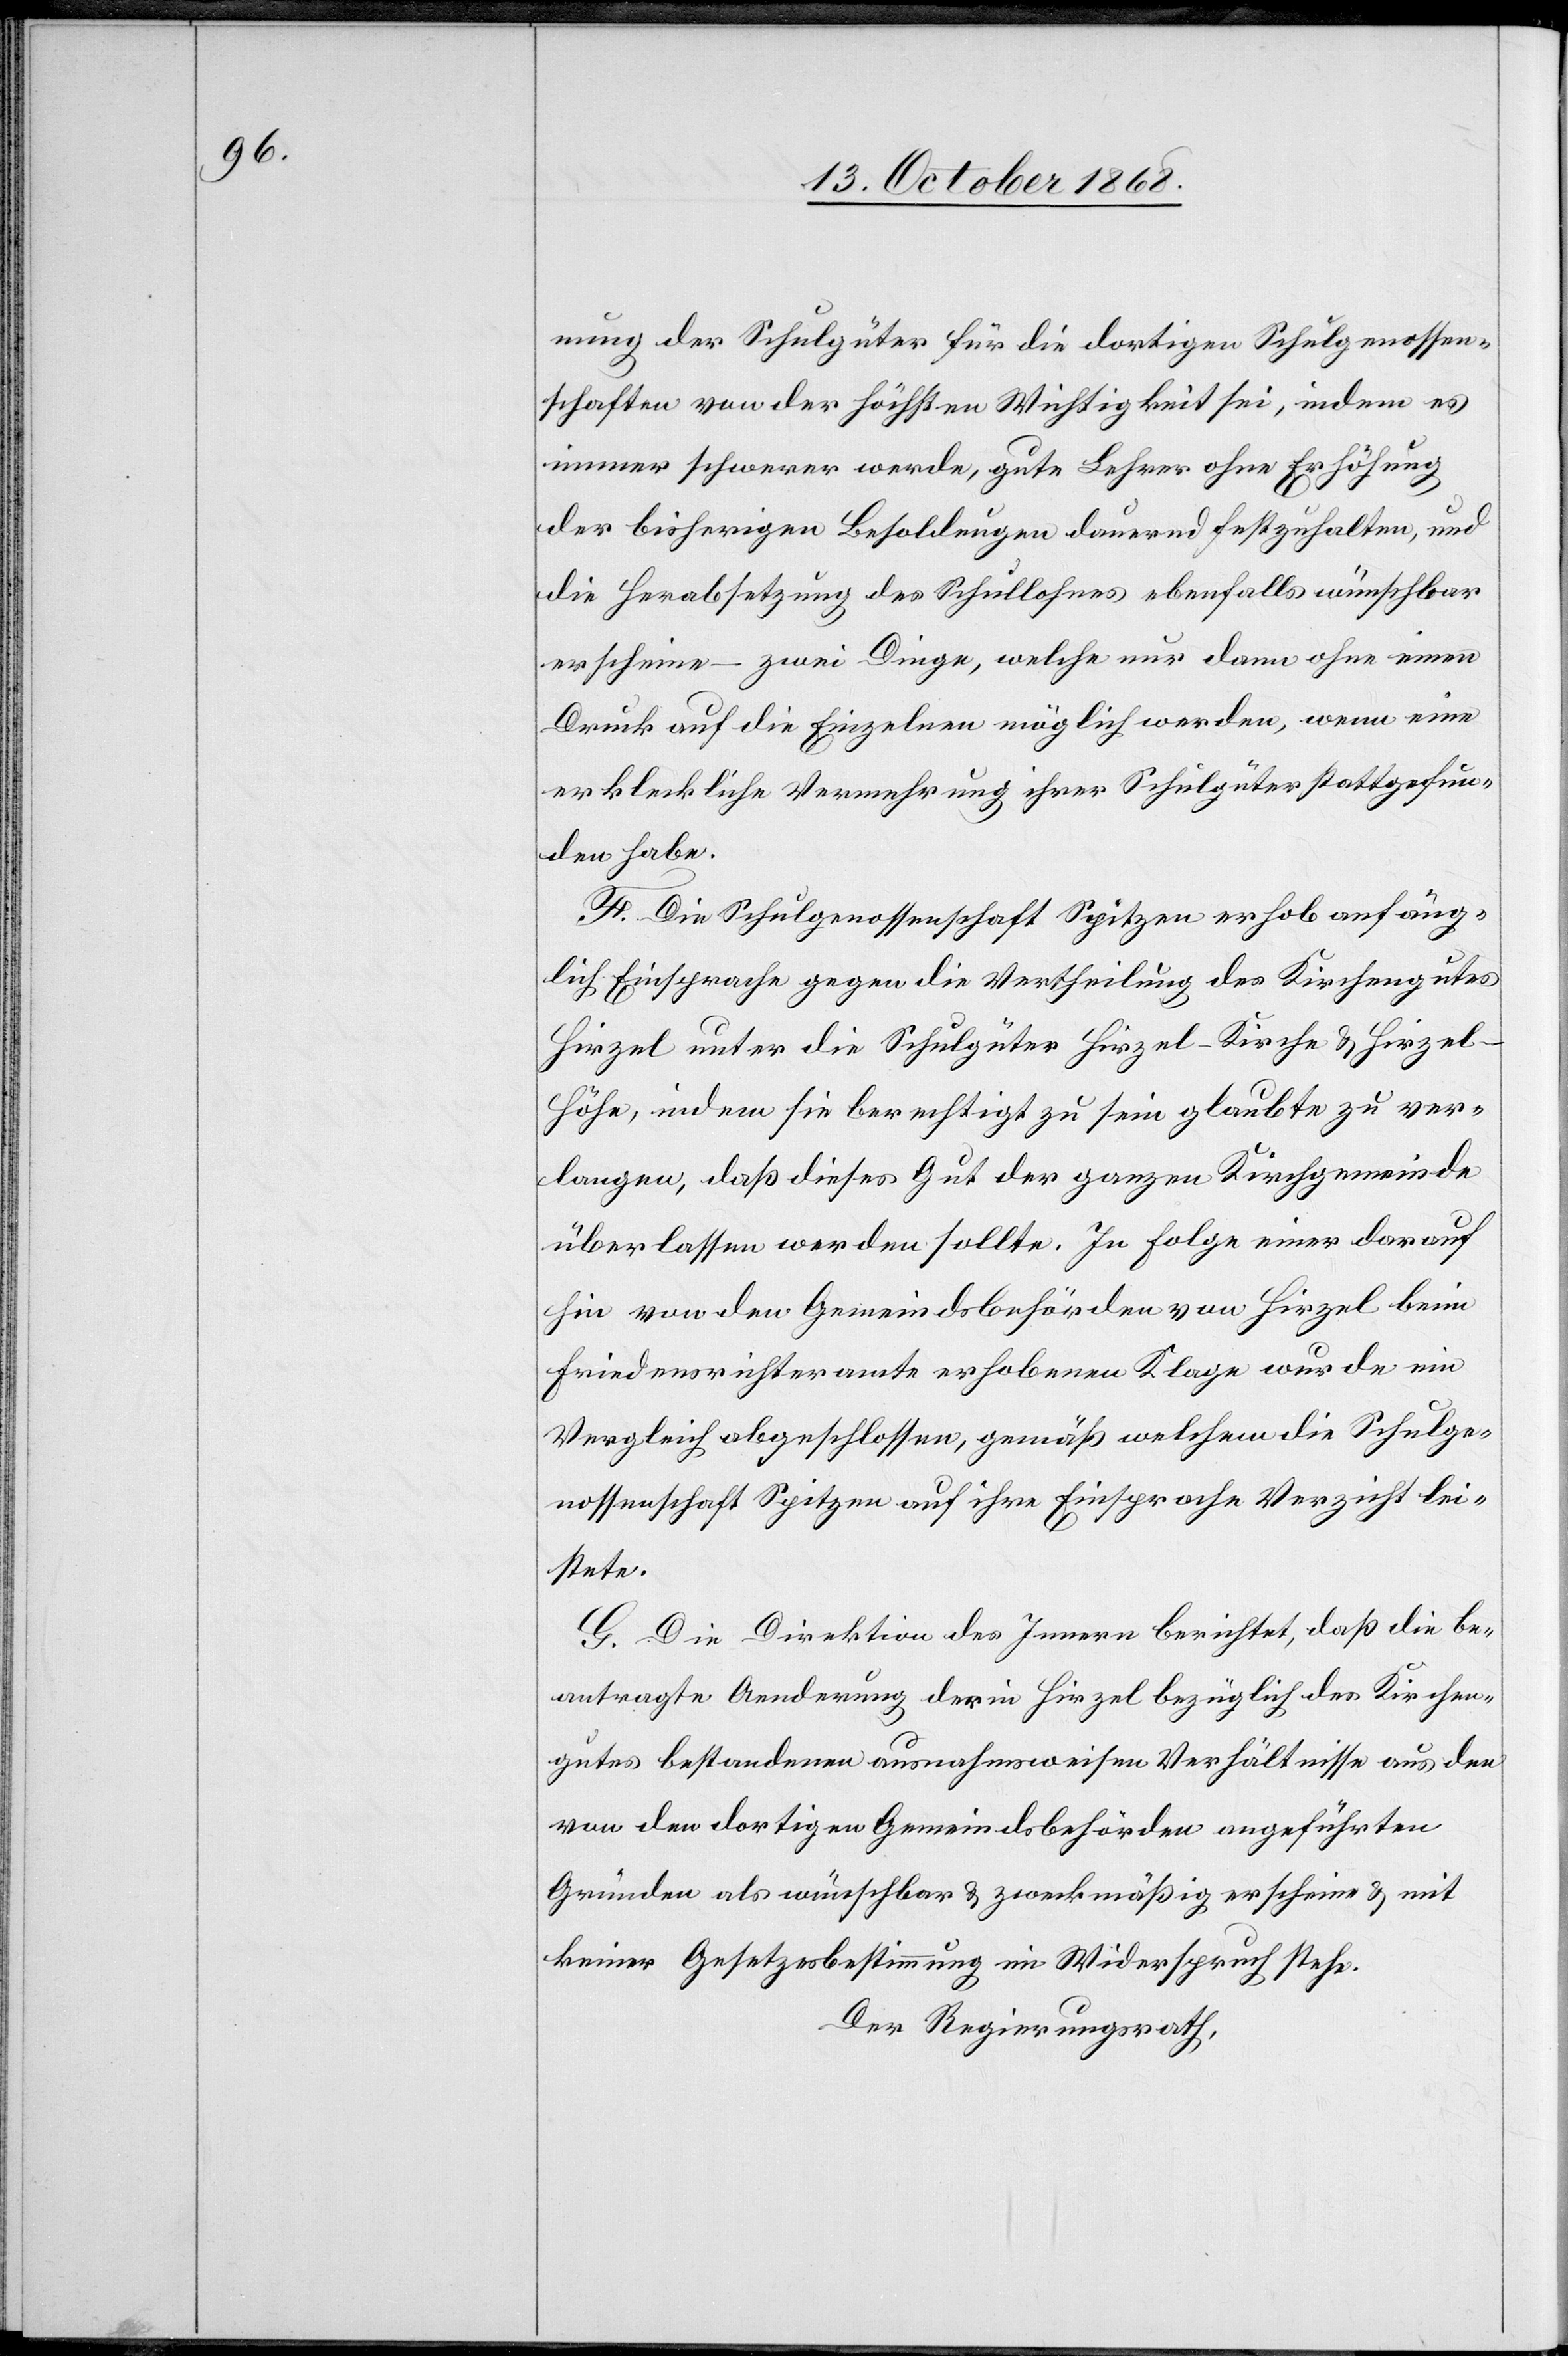
nung der Schulgüter für die dortigen Schulgenossen¬
schaften von der höchsten Wichtigkeit sei, indem es
immer schwerer werde, gute Lehrer ohne Erhöhung
der bisherigen Besoldungen dauernd festzuhalten, und
die Herabsetzung des Schullohnes ebenfalls wünschbar
erscheine – zwei Dinge, welche nur dann ohne einen
Druck auf die Einzelnen möglich werden, wenn eine
erkleckliche Vermehrung ihrer Schulgüter stattgefun¬
den habe.
F. Die Schulgenossenschaft Spitzen erhob anfäng¬
lich Einsprache gegen die Vertheilung des Kirchengutes
Hirzel unter die Schulgüter Hirzel-Kirche & Hirzel-H¬
öhe, indem sie berechtigt zu sein glaubte zu ver¬
langen, daß dieses Gut der ganzen Kirchgemeinde
überlassen werden sollte. In Folge einer darauf
hin von den Gemeindsbehörden von Hirzel beim
Friedensrichteramte erhobenen Klage wurde ein
Vergleich abgeschlossen, gemäß welchem die Schulge¬
nossenschaft Spitzen auf ihre Einsprache Verzicht lei¬
stete.
G. Die Direktion des Innern berichtet, daß die be¬
antragte Aenderung der in Hirzel bezüglich des Kirchen¬
gutes bestandenen ausnahmsweisen Verhältnisse aus den
von den dortigen Gemeindsbehörden angeführten
Gründen als wünschbar & zweckmäßig erscheine & mit
keiner Gesetzesbestimmung im Widerspruch stehe.
Der Regierungsrath,